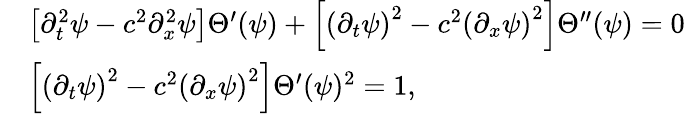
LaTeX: \begin{array}{rl}&{\left[\partial_{t}^{2}\psi-c^{2}\partial_{x}^{2}\psi\right]\Theta^{\prime}(\psi)+\left[\left(\partial_{t}\psi\right)^{2}-c^{2}\left(\partial_{x}\psi\right)^{2}\right]\Theta^{\prime\prime}(\psi)=0}\\ &{\left[\left(\partial_{t}\psi\right)^{2}-c^{2}\left(\partial_{x}\psi\right)^{2}\right]\Theta^{\prime}(\psi)^{2}=1,}\end{array}